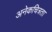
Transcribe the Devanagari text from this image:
अनेकचित्रता